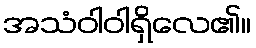
အသံဝါဝါရှိလေ၏။